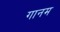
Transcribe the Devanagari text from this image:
गानम